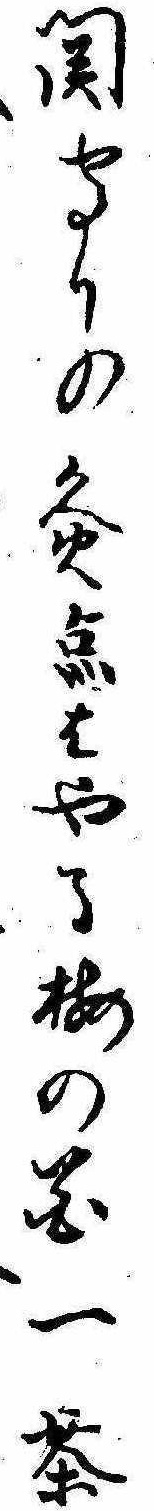
関守りの灸点はやる梅の花一茶